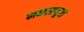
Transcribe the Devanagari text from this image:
मनसापूजा